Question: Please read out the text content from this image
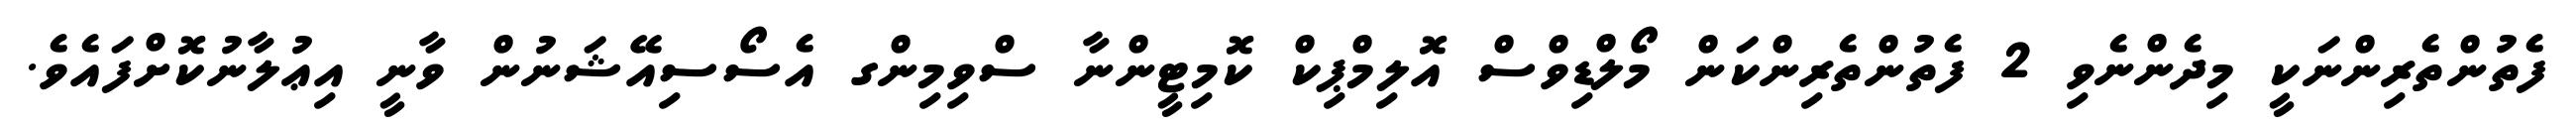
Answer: ފެތުންތެރިންނަކީ މިދެންނެވި 2 ފެތުންތެރިންކަން މޯލްޑިވްސް އޮލިމްޕިކް ކޮމިޓީންނާ ސްވިމިންގ އެސޯސިއޭޝަނުން ވާނީ އިޢުލާނުކޮށްފައެވެ.